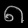
Digit: ၈